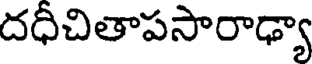
దధీచితాపసారాఢ్యా